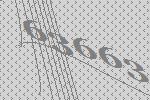
63663